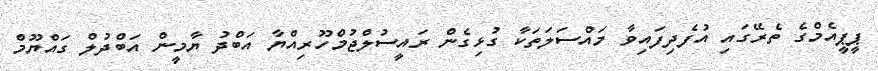
ޕީޕީއެމްގެ ތެރޭގައި އުފެދިފައިވާ މައްސަލަތަކާ ގުޅިގެން ރައީސުލްޖުމްހޫރިއްޔާ އަބްދު ޔާމީން އަބްދުލް ގައްޔޫމް